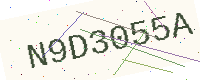
Text: N9D3055A